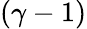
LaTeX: (\gamma-1)